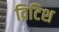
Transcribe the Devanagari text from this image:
व्रिटिश